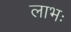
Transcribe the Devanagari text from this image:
लाभः